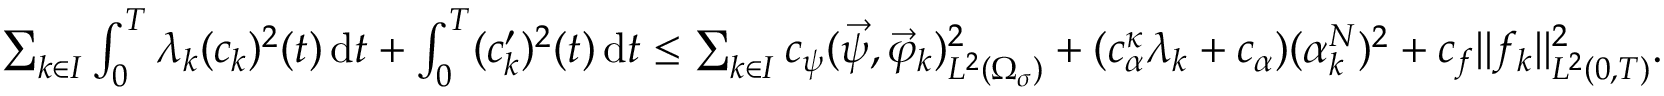
\begin{array} { r } { \sum _ { k \in I } \int _ { 0 } ^ { T } \lambda _ { k } ( c _ { k } ) ^ { 2 } ( t ) \, \mathrm d t + \int _ { 0 } ^ { T } ( c _ { k } ^ { \prime } ) ^ { 2 } ( t ) \, \mathrm d t \leq \sum _ { k \in I } c _ { \psi } ( \vec { \psi } , \vec { \varphi } _ { k } ) _ { L ^ { 2 } ( \Omega _ { \sigma } ) } ^ { 2 } + ( c _ { \alpha } ^ { \kappa } \lambda _ { k } + c _ { \alpha } ) ( \alpha _ { k } ^ { N } ) ^ { 2 } + c _ { f } \| f _ { k } \| _ { L ^ { 2 } ( 0 , T ) } ^ { 2 } . } \end{array}